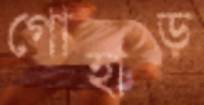
গোহাড়